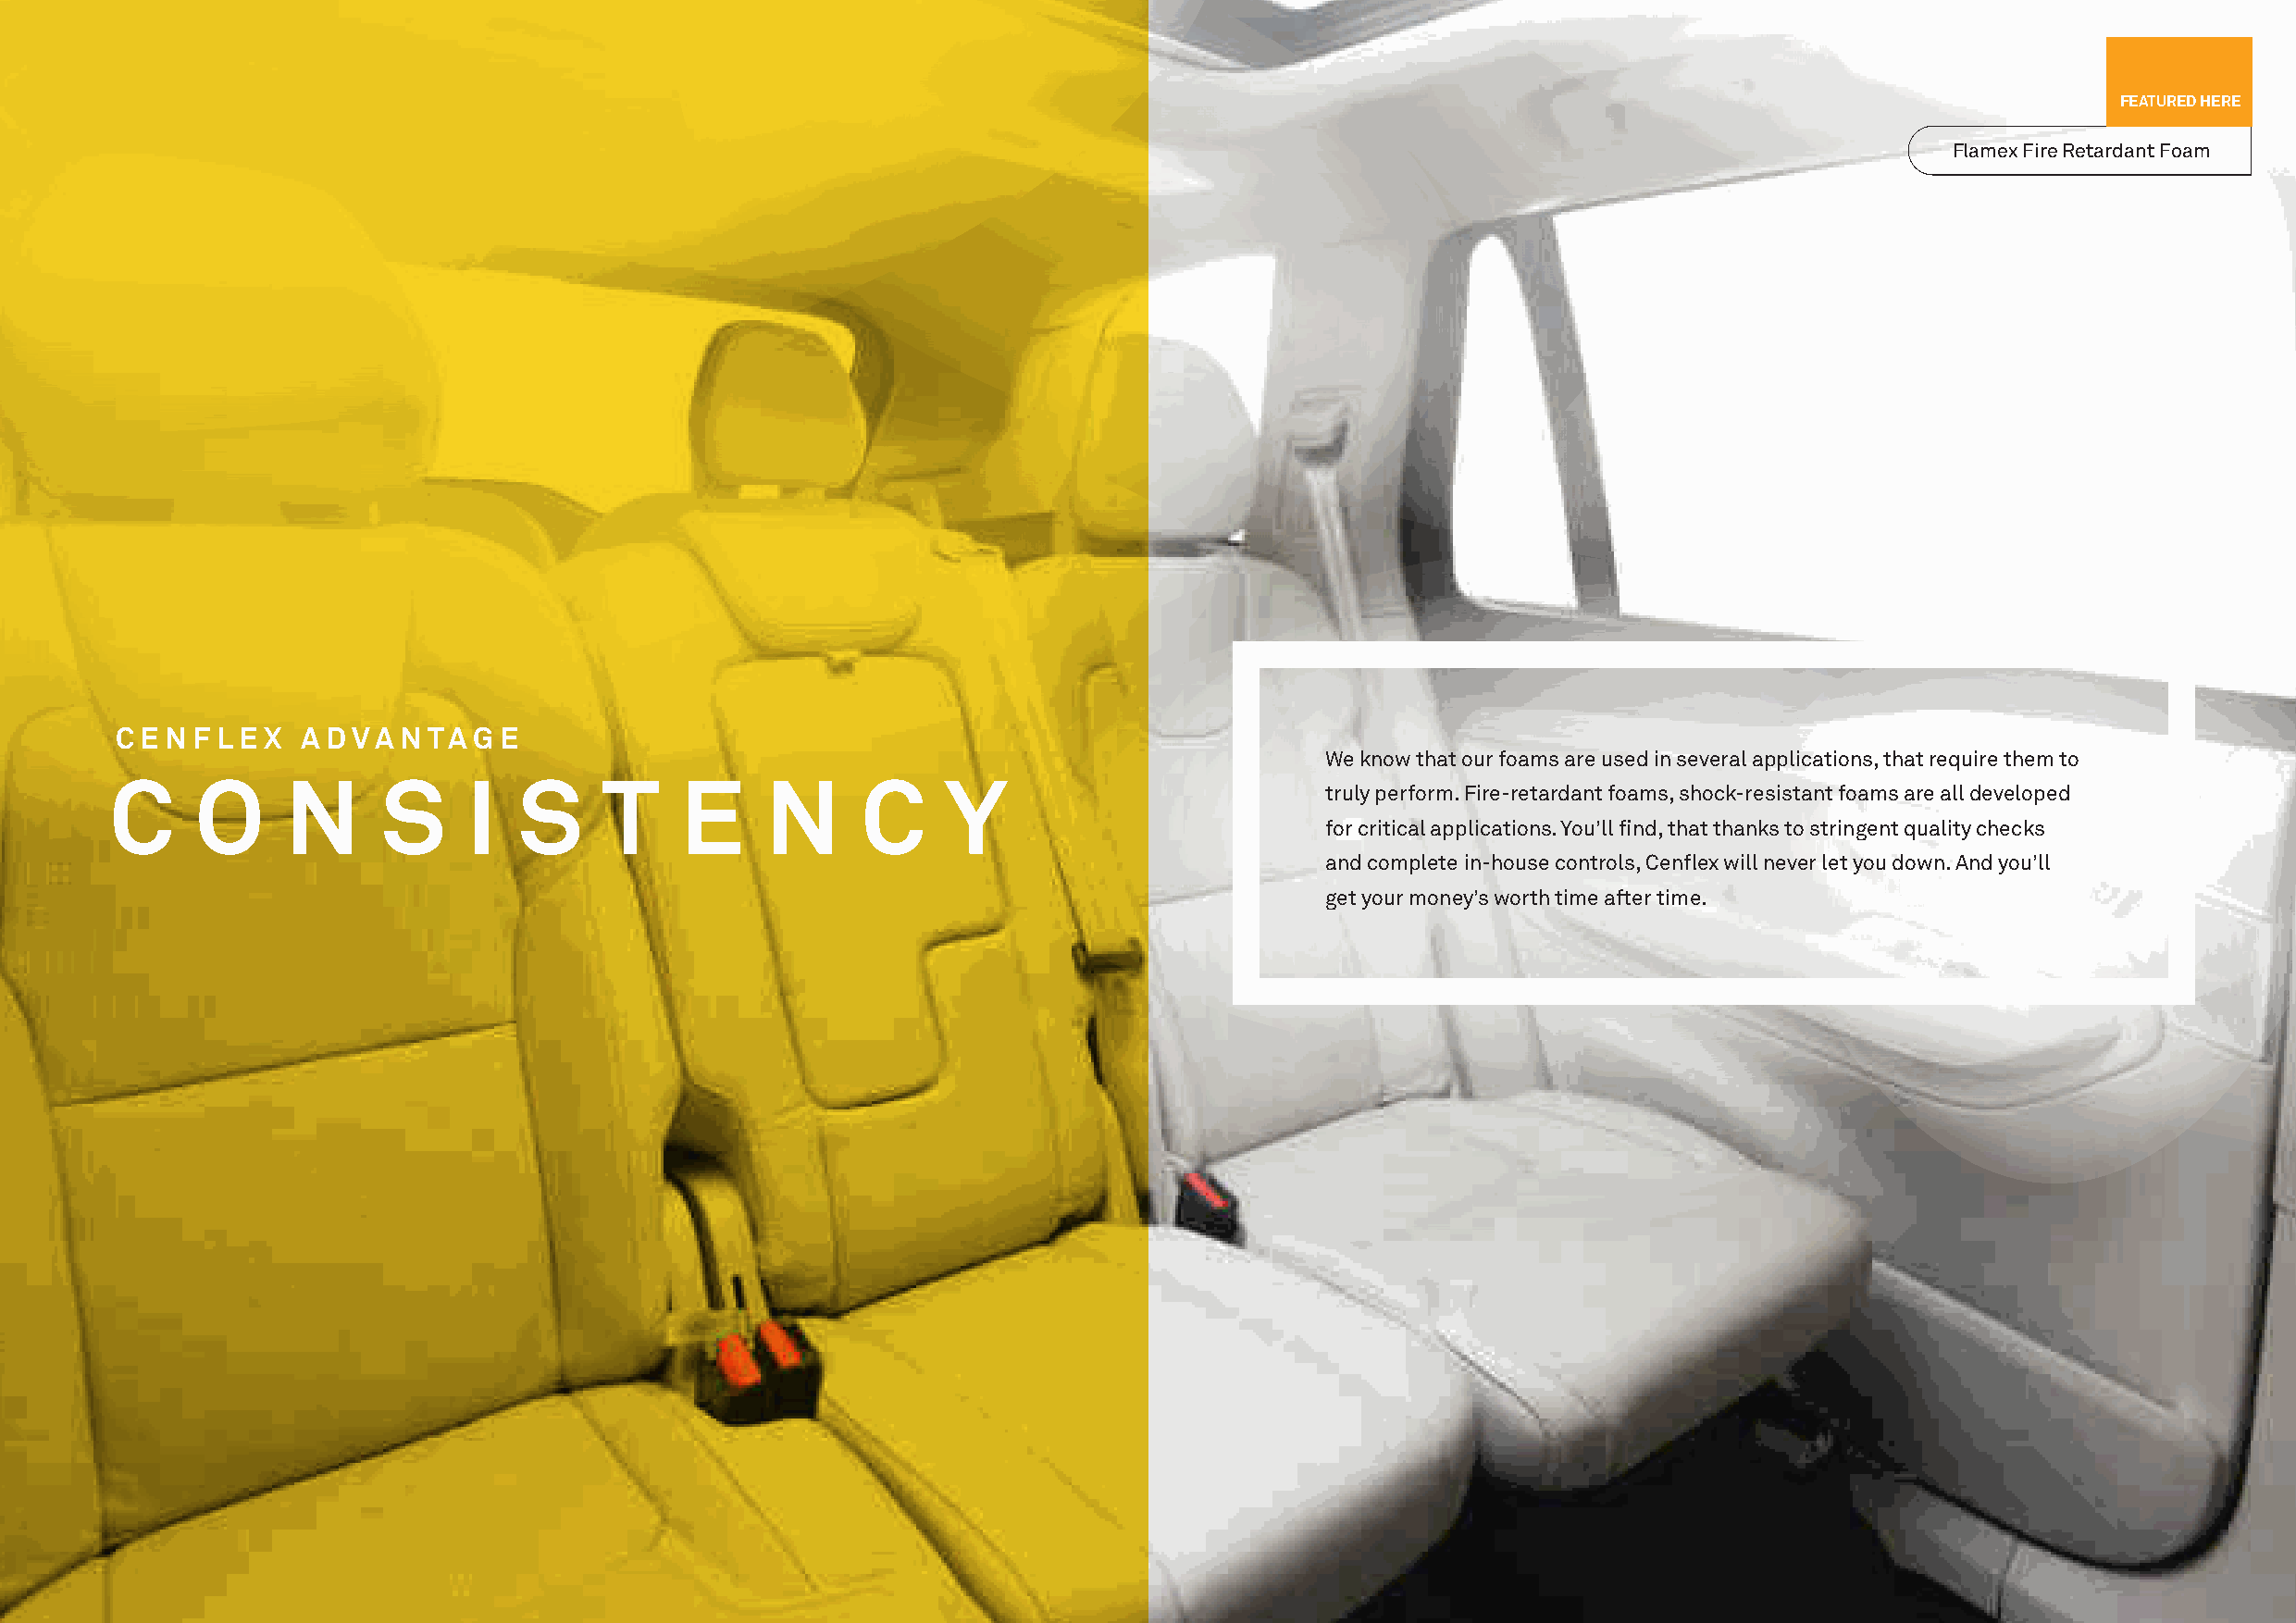
FEATURED HERE
 Flamex Fire Retardant Foam
 C E N F L E X A DVA  N TAG  E
 We know that our foams are used in several applications, that require them to
 C     O     N      S     I   S     T     E     N      C     Y
 truly perform. Fire-retardant foams, shock-resistant foams are all developed
 for critical applications. You’ll find, that thanks to stringent quality checks
 and complete in-house controls, Cenflex will never let you down. And you’ll
 get your money’s worth time after time.